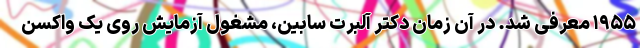
۱۹۵۵ معرفی شد. در آن زمان دکتر آلبرت سابین، مشغول آزمایش روی یک واکسنِ